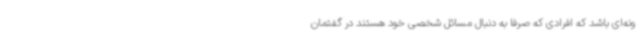
ونه‌ای باشد که افرادی که صرفا به دنبال مسائل شخصی خود هستند در گفتمان